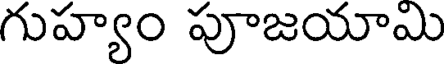
గుహ్యం పూజయామి